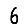
Digit: 6